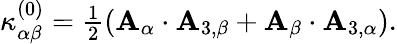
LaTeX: \begin{array}{r}{{\kappa}_{\alpha\beta}^{(0)}=\frac{1}{2}({\mathbf{A}}_{\alpha}\cdot{\mathbf{A}}_{3,\beta}+{\mathbf{A}}_{\beta}\cdot{\mathbf{A}}_{3,\alpha}).}\end{array}